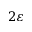
2 \varepsilon